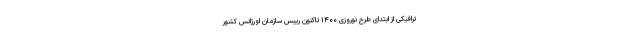
ترافیکی از ابتدای طرح نوروزی ۱۴۰۰ تاکنون رییس سازمان اورژانس کشور